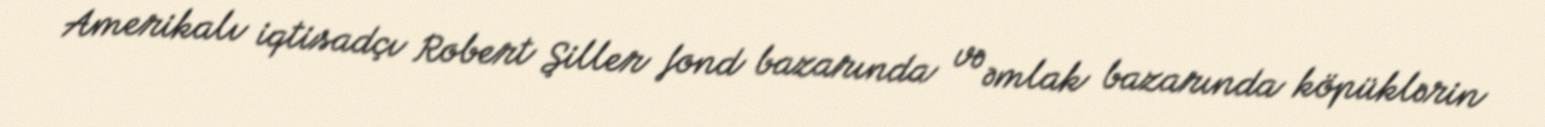
Amerikalı iqtisadçı Robert Şiller fond bazarında və əmlak bazarında köpüklərin